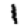
Digit: 1